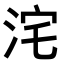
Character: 𭰓